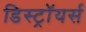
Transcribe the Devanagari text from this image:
डिस्ट्रॉयर्स